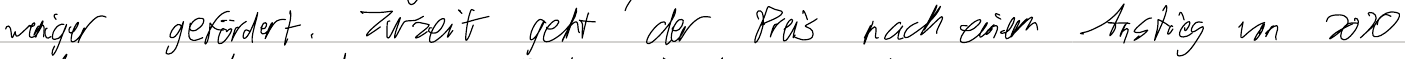
weniger gefördert. Zurzeit geht der Preis nach einem Anstieg von 2020